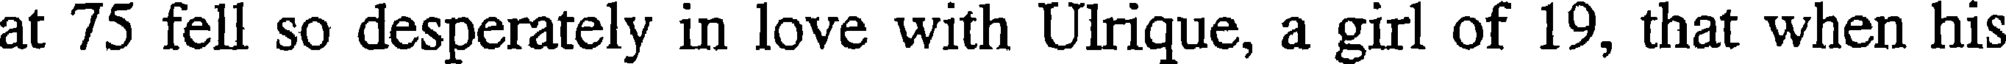
at 75 fell so desperately in love with Ulrique, a girl of 19, that when his